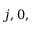
j , 0 ,